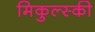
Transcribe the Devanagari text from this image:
मिकुल्स्की